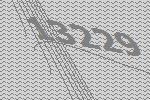
13229